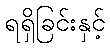
ရရှိခြင်းနှင့်